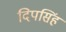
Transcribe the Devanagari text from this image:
दिपसिंह